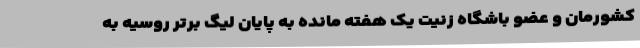
کشورمان و عضو باشگاه زنیت یک هفته مانده به پایان لیگ برتر روسیه به